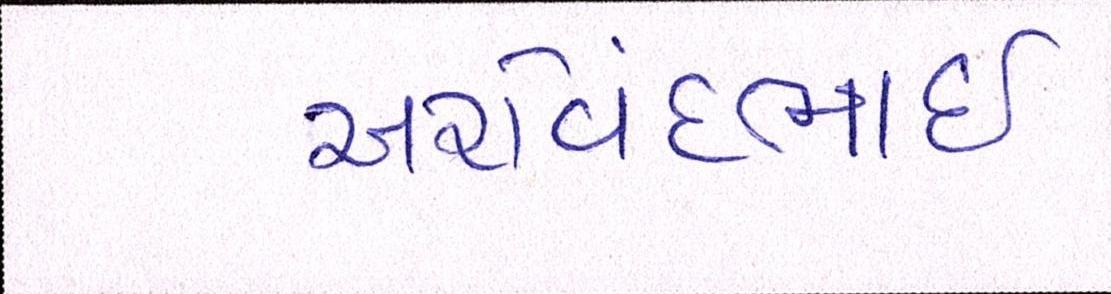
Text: અરવિંદભાઇ